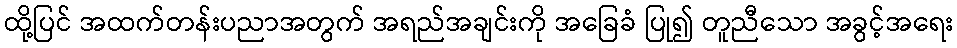
ထို့ပြင် အထက်တန်းပညာအတွက် အရည်အချင်းကို အခြေခံ ပြု၍ တူညီသော အခွင့်အရေး